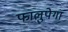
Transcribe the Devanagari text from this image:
फालुपेगा